Lunatic asylums Punjab 1881-1894 - 1881-1894
Year: 1881
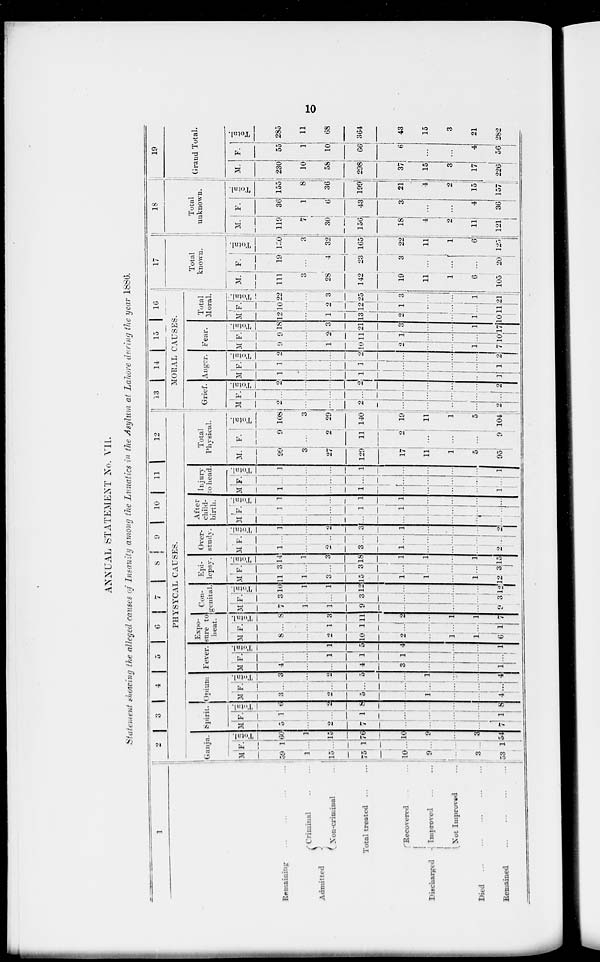
10
ANNUAL STATEMENT No. VII.
Statement showing the alleged causes of Insanity among the Lunatics in the Asylum at Lahore during the year 1886.
1
Remaining
...
...
...
Admitted
Criminal ... ...
Non-criminal ... ...
Total treated ... ... ...
Discharged
Recovered ... ... ...
Improved ... ... ...
Not Improved ... ... ...
Died
...
...
...
Remained
...
...
...
2
3 4 5 6 7 8 9 10 11 12
PHYSYCAL CAUSES.
Ganja.
M.
59
1
15
75
10
9
...
3
53
F.
1
...
...
17
...
...
...
...
15
Total.
60
1
15
76
10
9
...
3
54
Spirit.
M.
5
...
2
7
...
...
...
...
7
F.
1
...
...
1
...
...
...
...
1
Total.
6
...
2
8
...
...
...
...
8
Opium
M.
3
...
2
5
...
1
...
...
4
F.
...
...
...
...
...
...
...
...
...
Total.
3
...
2
5
...
1
...
...
4
Fever.
M.
4
...
...
4
3
...
...
...
1
F.
...
...
1
1
1
...
...
...
...
Total.
...
...
1
5
4
...
...
...
1
Expo-
sure to
beat.
M.
8
...
2
10
2
...
1
1
6
F.
...
...
1
1
...
1
...
...
1
Total.
8
...
3
11
2
...
1
1
7
Con-
genital.
M.
7
1
1
9
...
...
...
...
9
F.
3
...
...
3
...
...
...
...
3
Total.
10
1
1
12
...
...
...
...
12
Ep-lepsy.
M.
11
1
3
15
1
1
...
1
12
F.
3
...
...
3
...
...
...
...
3
Total.
14
1
3
18
1
1
...
1
15
Over-
stndv.
M.
1
...
2
3
1
...
...
...
2
F.
...
...
...
...
.....
...
...
...
...
Total.
1
...
2
3
1
...
...
...
2
After
child-
birth.
M.
...
...
...
...
...
...
...
...
...
F.
1
...
...
1
1
...
...
...
...
Total
1
...
...
1
1
...
...
...
...
Injury
to head.
M.
1
...
...
1
...
...
1
...
1
F.
...
...
...
...
...
...
...
...
...
Total.
1
...
...
1
...
...
...
...
1
Total
Physical.
M.
99
3
27
129
17
11
1
5
95
F.
9
...
2
11
2
...
...
...
9
Total.
108
3
29
140
19
11
1
5
104
13
14
15
1 6
MORAL CAUSES.
Grief.
M.
2
...
...
2
...
...
...
...
2
F.
...
...
...
...
...
...
...
...
...
Total.
2
...
...
2 ...
...
...
...
2
Anger.
M.
1
...
...
1
...
...
...
...
...
F.
1
...
...
1
...
...
...
...
1
Total.
2
...
...
2
...
...
...
...
2
Fear.
M.
9
1
10
2
...
...
1
7
F.
9
2
11
1
...
...
...
10
Total.
18
3
21
3
...
...
1
17
Total
Moral.
M.
12
1
13
2
...
...
1
10
F.
10
2
12
1
...
...
...
12
Total.
22
3
25
3
...
...
1
21
17
Total
known.
M.
111
3
28
142
19
11
1
6
105
F.
19
...
4
23
3
...
...
...
20
Total.
170
3
32
165
22
11
1
6
125
18
Total
unknown.
M.
116
7
30
156
18
4
2
11
121
F.
36
1
43
3
...
...
4
36
Total.
155
8
36
199
21
4
2
15
157
19
Grand Total.
M.
230
10
58
298
37
15
3
17
226
F.
55
1
10
66
6
...
...
4
56
Total.
285
11
68
364
43
15
3
21
282